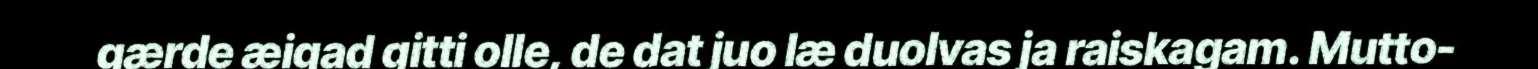
gærde æigad gitti olle, de dat juo læ duolvas ja raiskagam. Mutto-